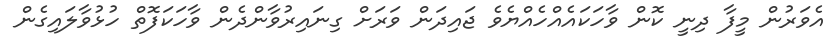
އެވަރުން މީފާ ދިނީ ކޮން ވާހަކައެއްހެއްޔެވެ ޖައިދަން ވަރަށް ގިނައިރުވާންދެން ވާހަކަފޮތް ހުޅުވާލައިގެން